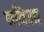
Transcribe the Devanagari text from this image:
बविआ